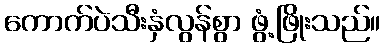
ကောက်ပဲသီးနှံလွန်စွာ ဖွံ့ဖြိုးသည်။